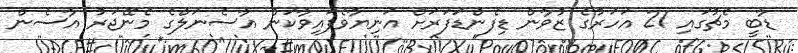
ޑާބީ މެޗުގައި 21 އަހަރުގެ ޒުވާން ޑިފެންޑަފަރަށް އަނިޔާވެފައިވާކަން އާސެނަލްގެ މެނޭޖަރު އާސެން